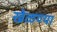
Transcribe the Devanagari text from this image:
खेळण्या